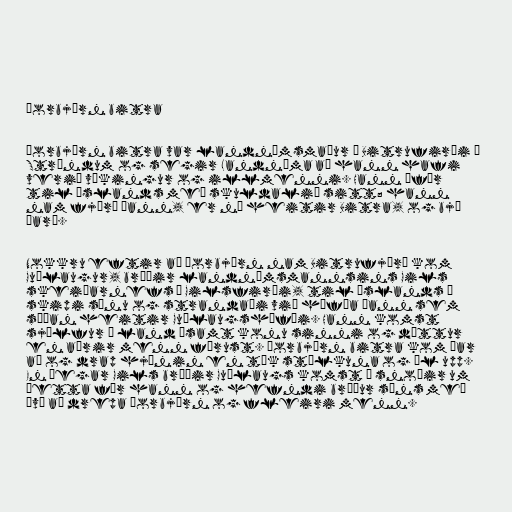
Þorbjörn bitra

Þorbjörn bitra var landnámsmaður í Bitrufirði á
Ströndum og segir Landnáma að hann hafi
verið víkingur og illmenni. Hann „fór
til Íslands með skuldalið sitt; hann
nam fjörð þann, er nú heitir Bitra, og bjó
þar“.

Nokkru eftir að Þorbjörn nam Bitrufjörð kom
Guðlaugur, bróðir landnámsmannsins Gils
skeiðarnefs í Gilsfirði, til Íslands á
skipi sínu og strandaði við höfða þann sem
síðan heitir Guðlaugshöfði. Hann komst
sjálfur á land ásamt konu sinni og dóttur
en aðrir menn fórust. Þorbjörn bitra kom þar
að og drap hjónin en tók stúlkuna og ól upp.
En þegar Gils bróðir Guðlaugs komst á snoðir um
þetta fór hann og hefndi bróður síns með
því að drepa Þorbjörn og fleiri menn.